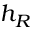
h _ { R }